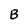
Character: B